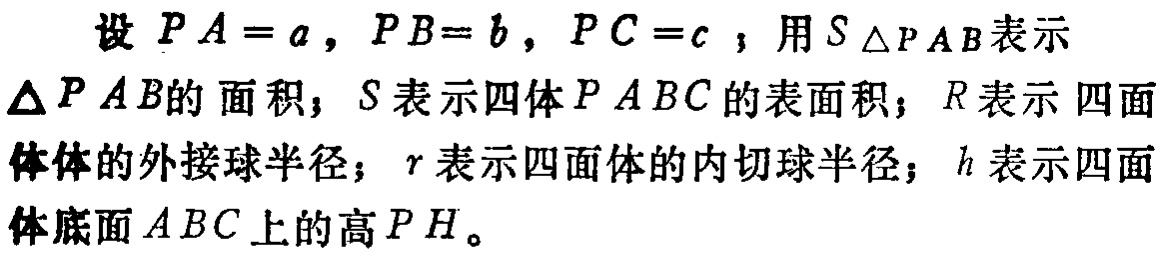
设 \(PA = a\)，\(PB = b\)，\(PC = c\)；用 \(S_{\triangle PAB}\)表示\(\triangle PAB\)的面积；\(S\)表示四体\(PABC\)的表面积；\(R\)表示 四面体体的外接球半径；\(r\)表示四面体的内切球半径；\(h\)表示四面体底面\(ABC\)上的高\(PH\)。